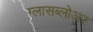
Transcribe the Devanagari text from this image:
ग्लासब्लोअर